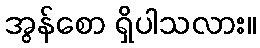
အွန်စော ရှိပါသလား။